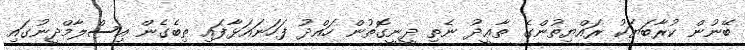
ބޭނުން ކުރާބަޔަކު ރައްޔިތުންގެ ތާޢީދު ނެތި ދީނީގޮތުން ހައްދު ފަހަނައަޅާފައި ތިބެގެން އިސްލާމްދީނުގައި